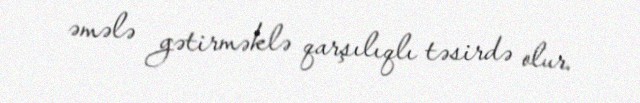
əmələ gətirməklə qarşılıqlı təsirdə olur.